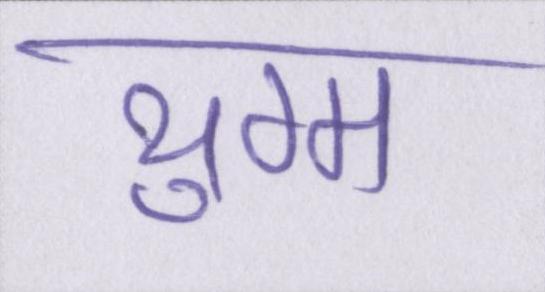
युग्म